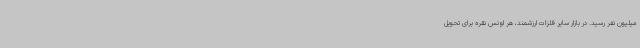
میلیون نفر رسید. در بازار سایر فلزات ارزشمند، هر اونس نقره برای تحویل